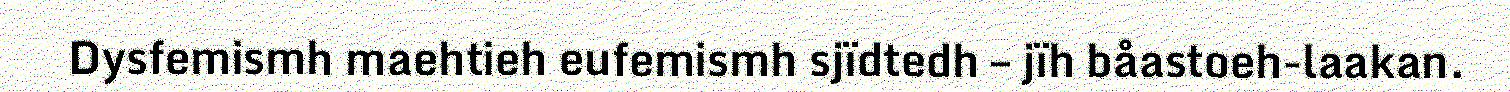
Dysfemismh maehtieh eufemismh sjïdtedh – jïh båastoeh-laakan.